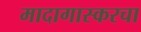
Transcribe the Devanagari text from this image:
मादागास्करचा